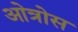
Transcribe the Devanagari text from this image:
ओत्रोस